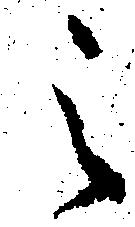
之